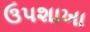
ઉપશાખા